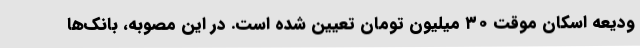
ودیعه اسکان موقت ۳۰ میلیون تومان تعیین شده است. در این مصوبه، بانک‌ها